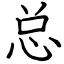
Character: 总